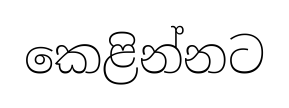
කෙළින්නට